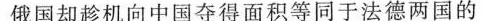
俄国却趁机向中国夺得面积等同于法德两国的